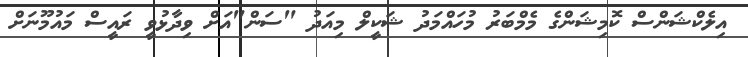
އިލެކްޝަންސް ކޮމިޝަންގެ މެމްބަރު މުހައްމަދު ޝަކީލް މިއަދު "ސަން"އަށް ވިދާޅުވީ ރައީސް މައުމޫނަށް